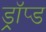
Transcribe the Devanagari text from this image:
ड्रॉप्ड